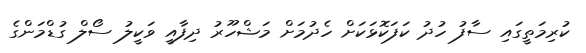
ކުރިމަތީގައި ސާފު ހުދު ކަފަކޮޅަކަށް ހެދުމަށް މަޝްހޫރު ދިފާއީ ވަކީލު ސޯލް ގުޑްމަންގެ